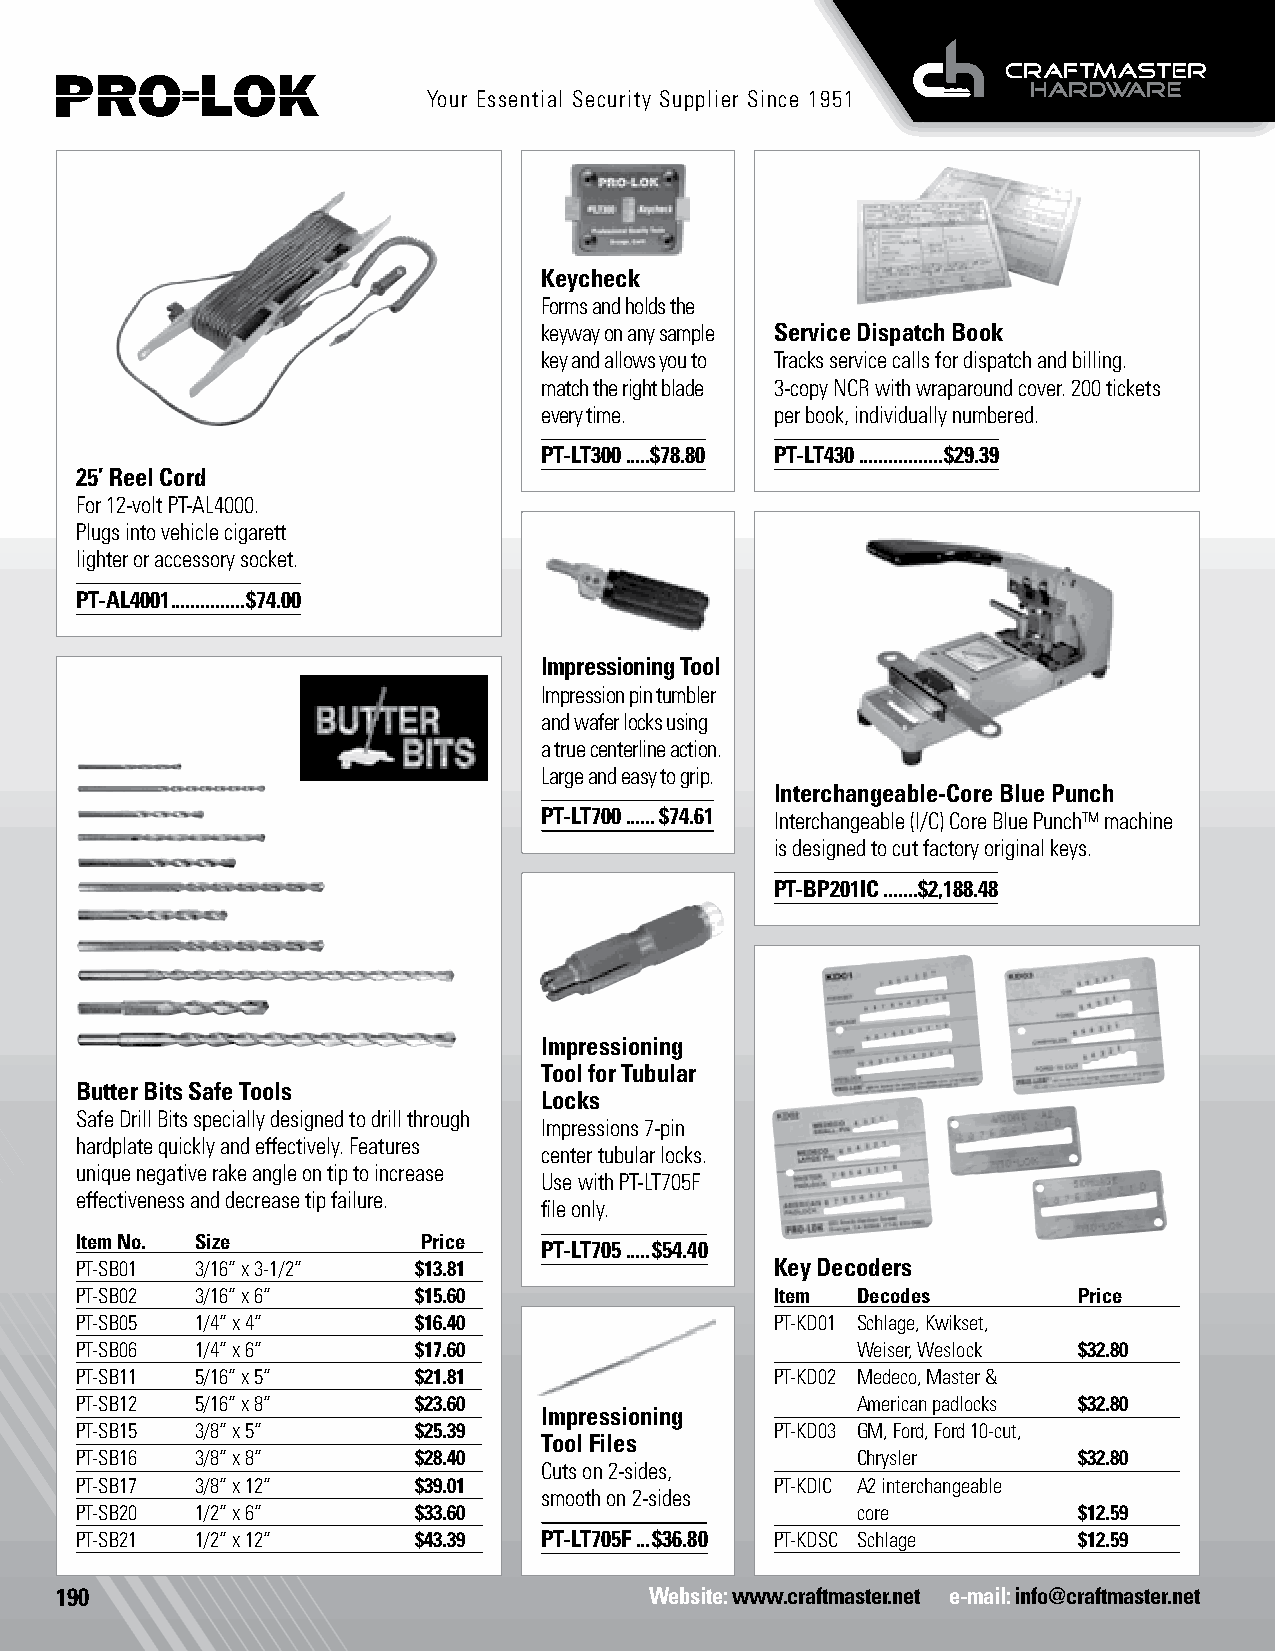
Your Essential Security Supplier Since 1951
 Keycheck
 Forms and holds the
 keyway on any sample Service Dispatch Book
 key and allows you to Tracks service calls for dispatch and billing.
 match the right blade 3-copy NCR with wraparound cover. 200 tickets
 every time.    per book, individually numbered.
 PT-LT300 .....$78.80 PT-LT430 .................$29.39
 25’ Reel Cord
 For 12-volt PT-AL4000.
 Plugs into vehicle cigarett
 lighter or accessory socket.
 PT-AL4001 ...............$74.00
 Impressioning Tool
 Impression pin tumbler
 and wafer locks using
 a true centerline action.
 Large and easy to grip.
 Interchangeable-Core Blue Punch
 PT-LT700 ......$74.61 Interchangeable (I/C) Core Blue Punch™ machine
 is designed to cut factory original keys.
 PT-BP201IC .......$2,188.48
 Impressioning
 Tool for Tubular
 Butter Bits Safe Tools
 Locks
 Safe Drill Bits specially designed to drill through
 Impressions 7-pin
 hardplate quickly and effectively. Features
 center tubular locks.
 unique negative rake angle on tip to increase
 Use with PT-LT705F
 effectiveness and decrease tip failure.
 file only.
 Item No. Size          Price
 PT-LT705 .....$54.40
 PT-SB01 3/16” x 3-1/2” $13.81                 Key Decoders
 PT-SB02 3/16” x 6”    $15.60                  Item  Decodes       Price
 PT-SB05 1/4” x 4”     $16.40                  PT-KD01 Schlage, Kwikset,
 PT-SB06 1/4” x 6”     $17.60                        Weiser, Weslock $32.80
 PT-SB11 5/16” x 5”    $21.81   Impressioning Files PT-KD02 Medeco, Master &
 PT-SB12 5/16” x 8”    $23.60                        American padlocks $32.80
 Impressioning
 PT-SB15 3/8” x 5”     $25.39                  PT-KD03 GM, Ford, Ford 10-cut,
 Tool Files
 PT-SB16 3/8” x 8”     $28.40                        Chrysler      $32.80
 Cuts on 2-sides,
 PT-SB17 3/8” x 12”    $39.01                  PT-KDIC A2 interchangeable
 smooth on 2-sides
 PT-SB20 1/2” x 6”     $33.60                        core          $12.59
 PT-SB21 1/2” x 12”    $43.39   PT-LT705F ...$36.80 PT-KDSC Schlage $12.59
 190                                    Website: www.craftmaster.net e-mail: info@craftmaster.net